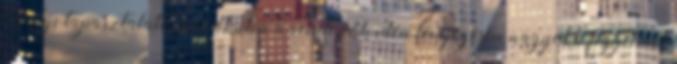
tavalyi tapasztalatokból okulva a rendezők idén lényegesen nagyobb figyelmet